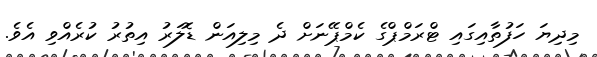
މިދިޔަ ހަފުތާއިގައި ޓްރަމްޕްގެ ކެމްޕޭނަށް ދެ މިލިއަން ޑޮލަރު އިތުރު ކުރެއްވި އެވެ.